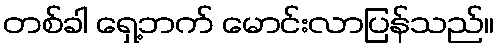
တစ်ခါ ရှေ့ဘက် မောင်းလာပြန်သည်။